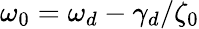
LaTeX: \omega_{0}=\omega_{d}-\gamma_{d}/\zeta_{0}